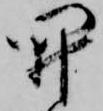
開